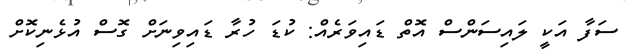
ސަފާ އަކީ ލައިސަންސް އޮތް ޑައިވަރެއް: ކުޑަ ހުރާ ޑައިވިނަށް ގޮސް އުޅެނިކޮށް